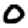
Digit: 0